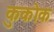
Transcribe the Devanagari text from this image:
कुकोक